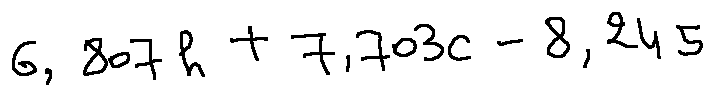
6 , 8 0 7 h + 7 , 7 0 3 c - 8 , 2 4 5